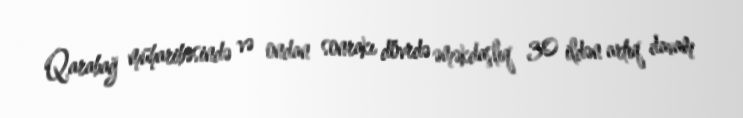
Qarabağ müharibəsində və ondan sonrakı dövrdə əməkdaşlıq 30 ildən artıq davam